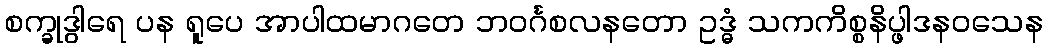
စက္ခုဒွါရေ ပန ရူပေ အာပါထမာဂတေ ဘဝင်္ဂစလနတော ဥဒ္ဓံ သကကိစ္စနိပ္ဖါဒနဝသေန